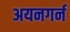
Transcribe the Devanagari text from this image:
अयनगर्न